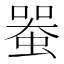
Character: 𧍨